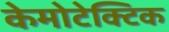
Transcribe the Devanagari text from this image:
केमोटेक्टिक